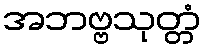
အဘဗ္ဗသုတ္တံ